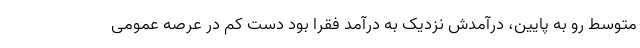
متوسط رو به پایین، درآمدش نزدیک به درآمد فقرا بود دست کم در عرصه عمومی